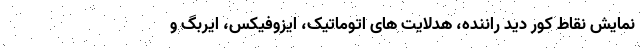
نمایش نقاط کور دید راننده، هدلایت های اتوماتیک، ایزوفیکس، ایربگ و